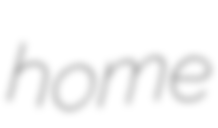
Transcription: home